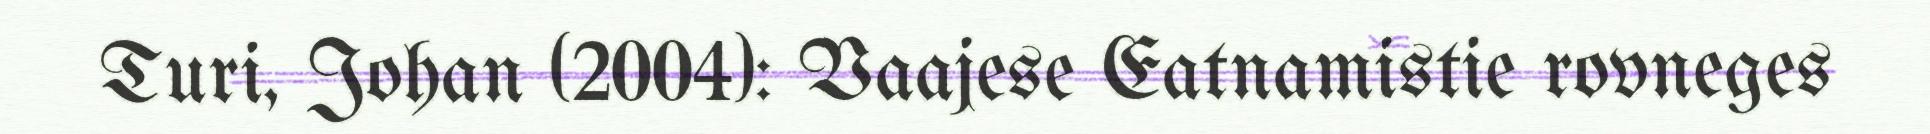
Turi, Johan (2004): Vaajese Eatnamistie rovneges